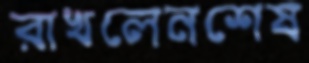
রাখলেনশেষ